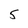
Character: 5